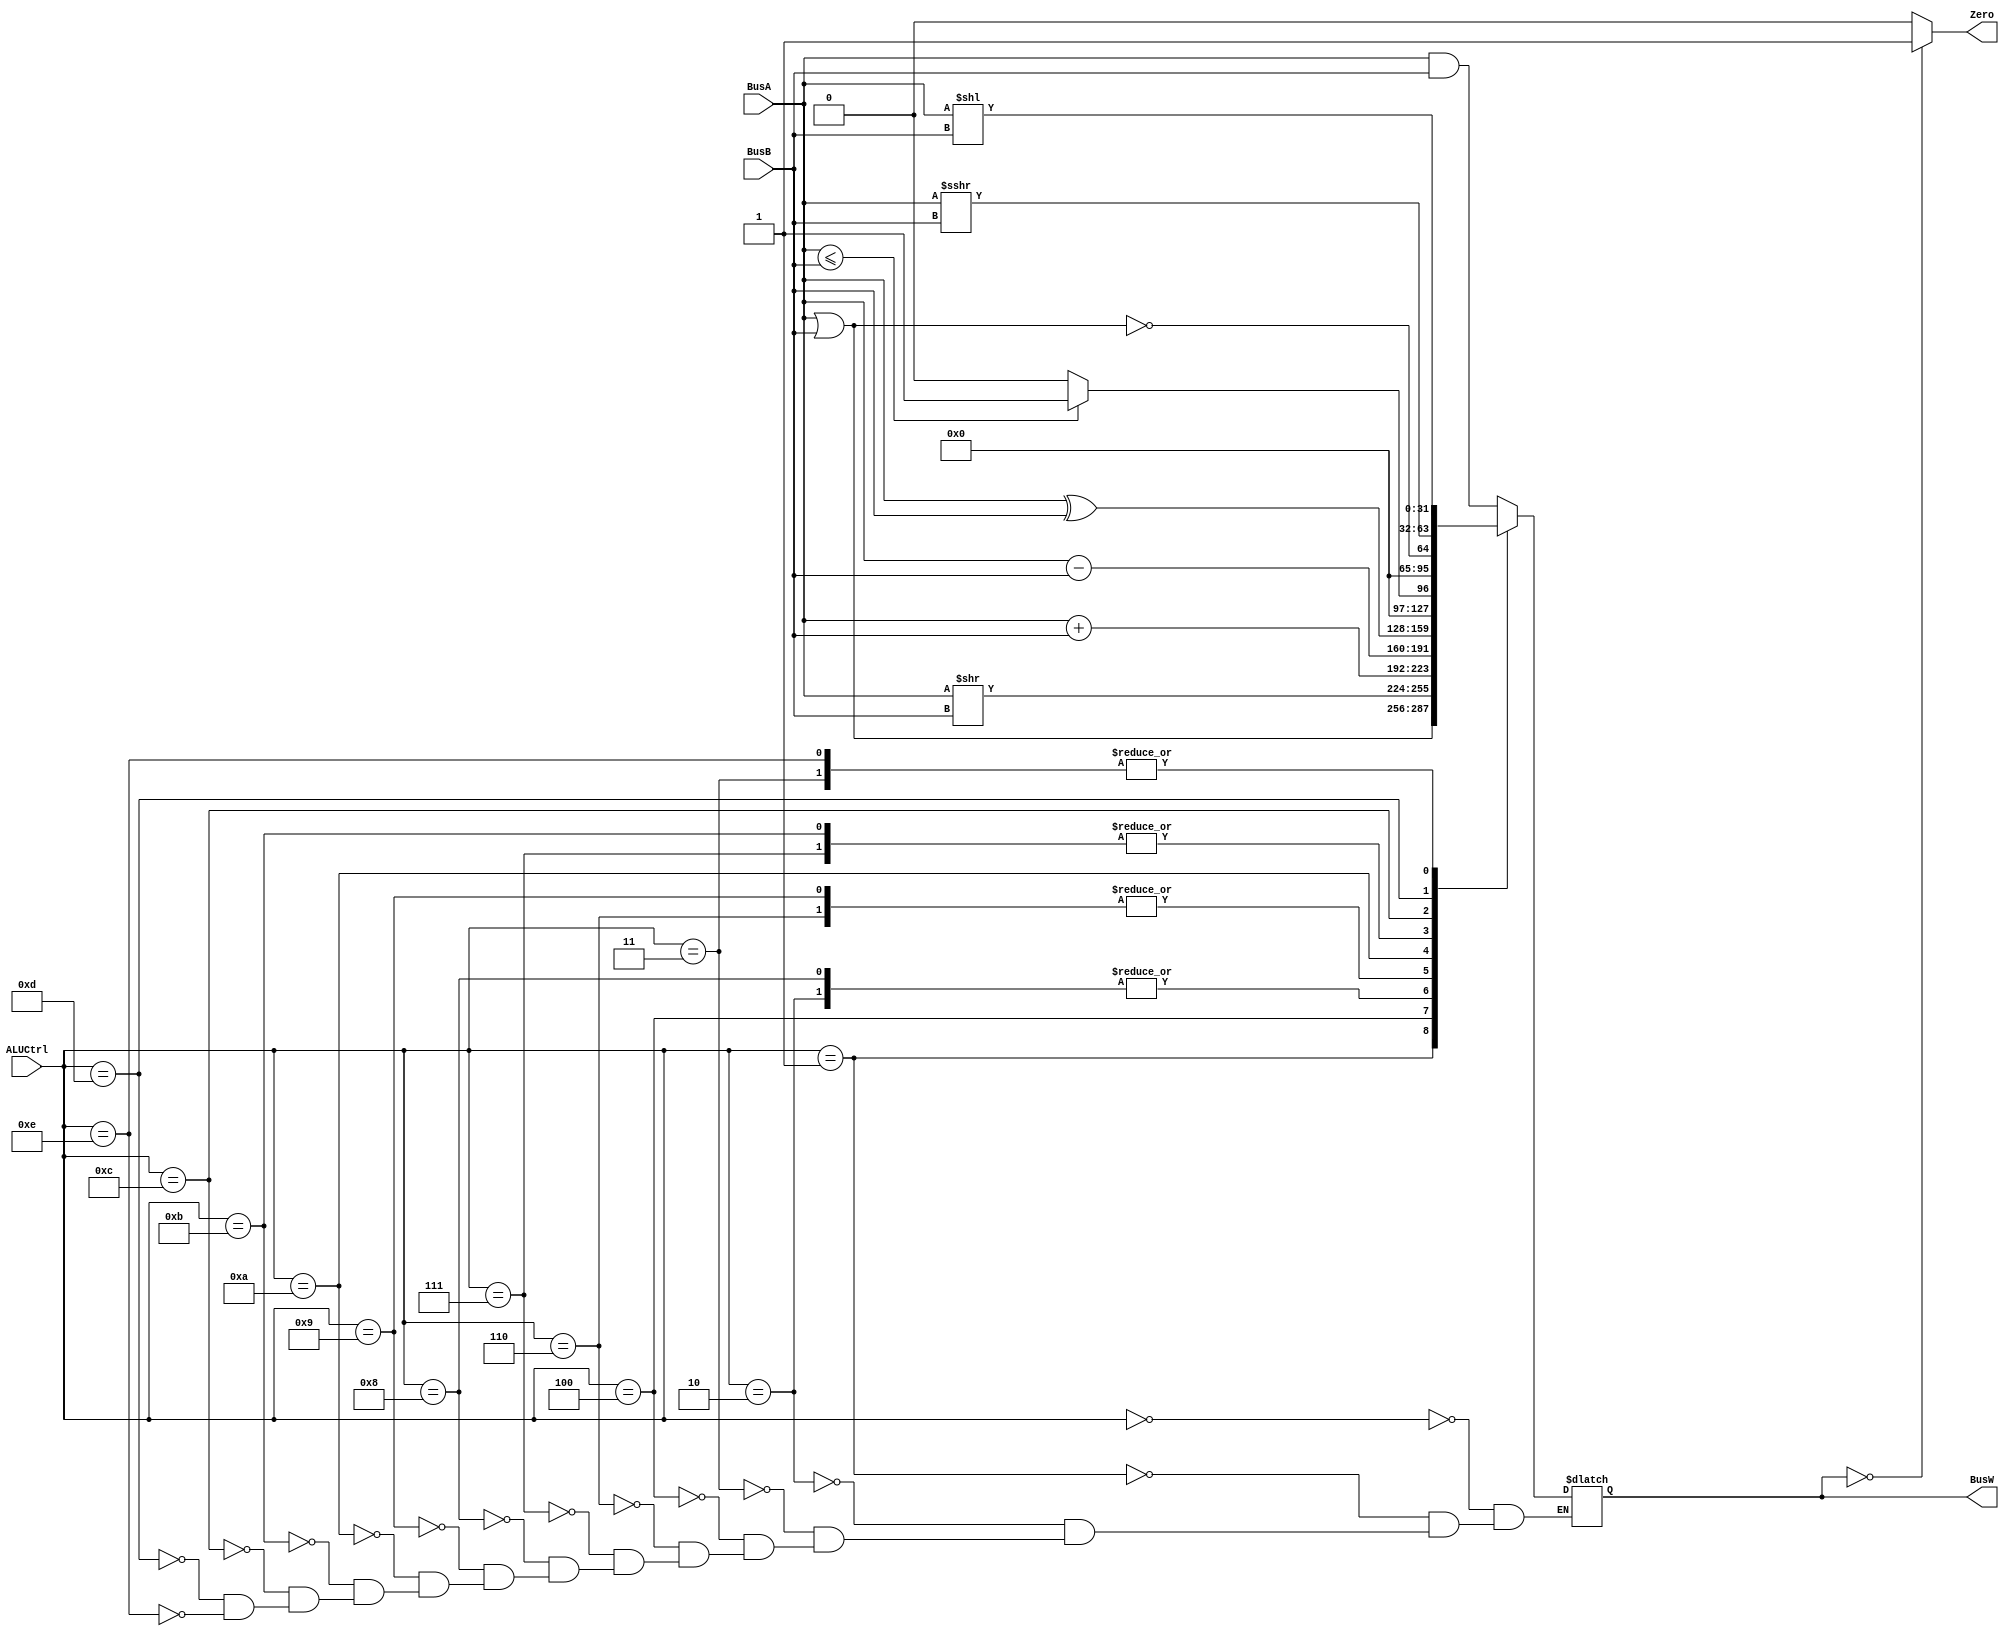
`timescale 1ns / 1ps
`define AND 4'b0000
`define OR 4'b0001
`define ADD 4'b0010
`define SLL 4'b0011
`define SRL 4'b0100
`define SUB 4'b0110
`define SLT 4'b0111
`define ADDU 4'b1000
`define SUBU 4'b1001
`define XOR 4'b1010
`define SLTU 4'b1011
`define NOR 4'b1100
`define SRA 4'b1101
`define LUI 4'b1110

module ALU(BusW, Zero, BusA, BusB, ALUCtrl);
    
    parameter n = 32;

    output  [n-1:0] BusW;
    input   [n-1:0] BusA, BusB;
    input   [3:0] ALUCtrl;
    output  Zero;
	 wire [31:0] BusA_cmp,BusB_cmp;
	 
    reg     [n-1:0] BusW;
    
    always @(ALUCtrl or BusA or BusB) begin
        case(ALUCtrl)
         `AND: begin			//Bitwise AND comparison
            BusW <= #20 BusA & BusB;
         end
	`OR: begin			//Bitwise OR comparison
	 	BusW <= #20 BusA | BusB;
	end
	`ADD: begin			//Add value from BusA with BusB
	 	BusW <= #20 BusA + BusB;
	end
	`SLL: begin			//shift left for certain bits saved in BusB
	 	BusW <= #20 BusA << BusB;
	end	
	`SRL: begin			//shift right for certain bits saved BusB
	 	BusW <= #20 BusA >> BusB;
	end	
	`SUB: begin			//Substraction
	 	BusW <= #20 BusA - BusB;
	end	
	`SLT: begin			//Set less than instruction, if BusA is smaller than BusB, output will be 1
		if (BusA <= BusB)
			BusW <= #20 1;
		else BusW <= #20 0;
	end	
	`ADDU: begin			//Addtion unsigned
	 	BusW <= #20 BusA + BusB;
	end
	`SUBU: begin			//Substraction unsigned
	 	BusW <= #20 BusA - BusB;
	end	
	`XOR: begin			//Exclusive or
	 	BusW <= #20 BusA ^ BusB;
	end	
	`SLTU: begin			//set less than unsigned
	 	if (BusA <= BusB)
			BusW <= #20 1;
		else BusW <= #20 0;
	end
	`NOR: begin			//not or instruction
		BusW <= #20 !(BusA | BusB);
	end	
	`SRA: begin
	 	BusW <= #20 $signed(BusA)>>>BusB;
	end
	`LUI: begin
	 	BusW <= #20 (BusA << BusB); //Load upper immediate
	end
	
        endcase
    end
	assign #1 Zero = (BusW==32'b0) ? 1: 0;
endmodule